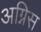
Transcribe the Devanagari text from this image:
अग्निस